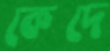
কেদে